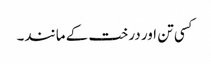
کسی تن اور درخت کے مانند۔